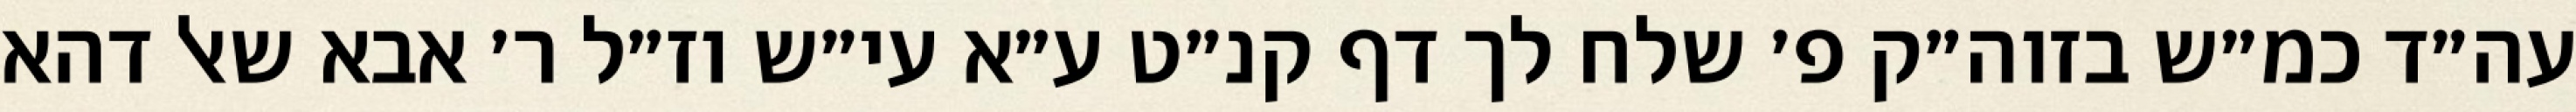
עה״ד כמ״ש בזוה״ק פ׳ שלח לך דף קנ״ט ע״א עי״ש וז״ל ר׳ אבא שאל דהא